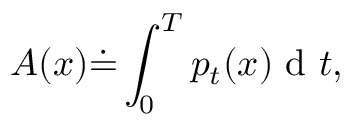
A ( x ) \dot { = } \int _ { 0 } ^ { T } p _ { t } ( x ) \mathrm { ~ d ~ } t ,